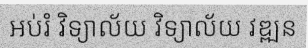
អប់រំ វិទ្យាល័យ វិទ្យាល័យ វឌ្ឍន